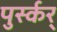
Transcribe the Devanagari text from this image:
पुर्स्कर्